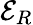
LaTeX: \mathcal{E}_{R}